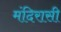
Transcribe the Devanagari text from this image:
मंदिरासी